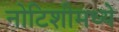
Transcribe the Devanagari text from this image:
नोटिशीमध्ये